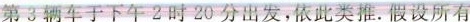
第3辆车于下午2时20分出发，依此类推。假设所有